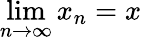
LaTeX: \operatorname*{lim}_{n\to\infty}x_{n}=x